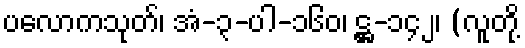
ပလောကသုတ်၊ အံ-၃-ပါ-၁၆၀၊ ဋ္ဌ-၁၄၂၊ (လူတို့